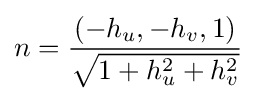
n={\frac {(-h_{u},-h_{v},1)}{\sqrt {1+h_{u}^{2}+h_{v}^{2}}}}